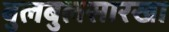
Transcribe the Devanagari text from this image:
बुलबुलसारखा